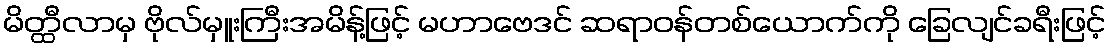
မိတ္ထီလာမှ ဗိုလ်မှူးကြီးအမိန့်ဖြင့် မဟာဗေဒင် ဆရာဝန်တစ်ယောက်ကို ခြေလျင်ခရီးဖြင့်